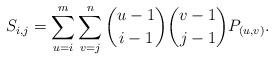
LaTeX: \begin{align*}S_{i,j}=\sum^{m}_{u=i} \sum^{n}_{v=j}{{u-1}\choose i-1}{{v-1}\choose j-1}P_{(u,v)}.\end{align*}